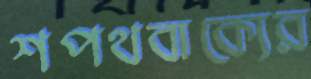
শপথবাক্যের